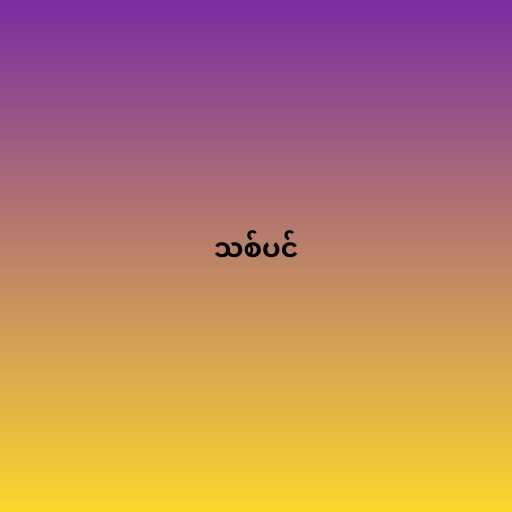
သစ်ပင်